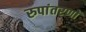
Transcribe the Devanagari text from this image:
रुपांतरणों